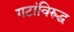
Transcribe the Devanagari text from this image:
गटांविरुद्ध